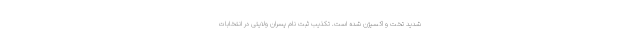
شدید تخت و اکسیژن شده است. تکذیب ثبت نام پسران ولایتی در انتخابات